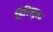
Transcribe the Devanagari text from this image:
हिरिस्टुला